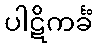
ပါဋိကင်္ခံ